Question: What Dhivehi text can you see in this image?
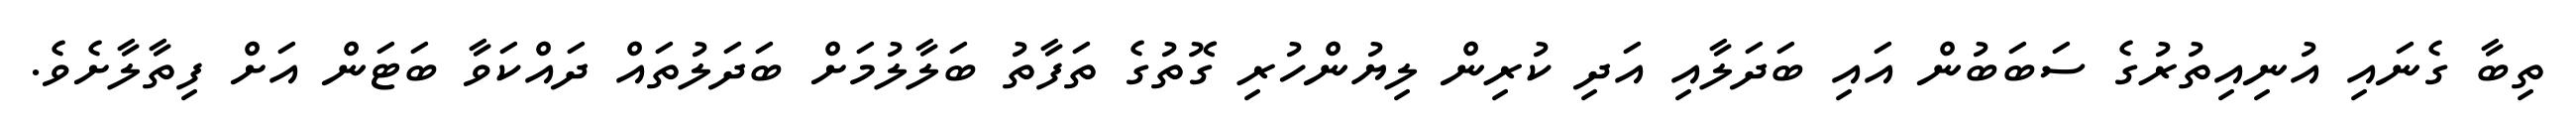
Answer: ތިބާ ގެނައި އުނިއިތުރުގެ ސަބަބުން އައި ބަދަލާއި އަދި ކުރިން ލިޔުންހުރި ގޮތުގެ ތަފާތު ބަލާލުމަށް ބަދަލުތައް ދައްކަވާ ބަޓަން އަށް ފިތާލާށެވެ.